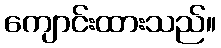
ကျောင်းထားသည်။